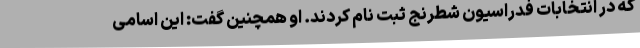
که در انتخابات فدراسیون شطرنج ثبت نام کردند. او همچنین گفت: این اسامی